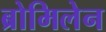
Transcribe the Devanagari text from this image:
ब्रोमिलेन